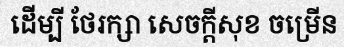
ដើម្បី ថែរក្សា សេចក្តីសុខ ចម្រើន